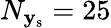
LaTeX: N_{\mathbf{y}_{\mathrm{s}}}=25